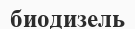
биодизель